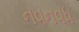
નવનવધ